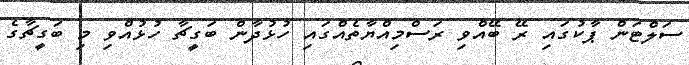
ސަލްޓަން ޕާކުގައި ރޭ ބޭއްވި ރަސްމިއްޔާތެއްގައި ހުޅުދާން ބަގީޗާ ހުޅުއްވި މި ބަގީޗާގެ